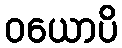
ဝယောပိ